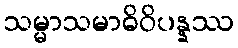
သမ္မာသမာဓိဝိပန္နဿ